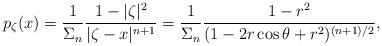
LaTeX: \begin{align*}p_\zeta(x)=\frac{1}{\Sigma_n}\frac{1-|\zeta|^2}{|\zeta-x|^{n+1}}=\frac{1}{\Sigma_n}\frac{1-r^2}{(1-2r\cos\theta+r^2)^{(n+1)/2}},\end{align*}